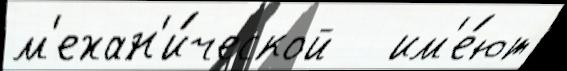
м'ехан'и́ческой   им'е́ют